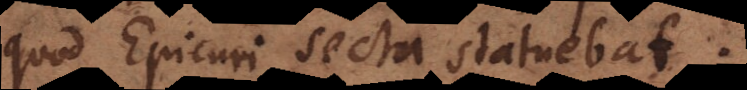
quod Epicuri secta statuebat.